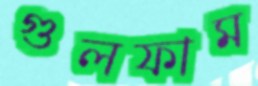
গুলফাম